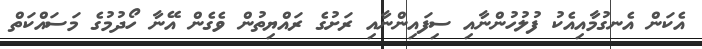
އެކަން އެނގުމާއިއެކު ފުލުހުންނާއި ސިފައިންނާއި ރަށުގެ ރައްޔިތުން ވެގެން އޭނާ ހޯދުމުގެ މަސައްކަތް